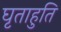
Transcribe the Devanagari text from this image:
घृताहुति